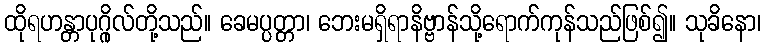
ထိုရဟန္တာပုဂ္ဂိုလ်တို့သည်။ ခေမပ္ပတ္တာ၊ ဘေးမရှိရာနိဗ္ဗာန်သို့ရောက်ကုန်သည်ဖြစ်၍။ သုခိနော၊